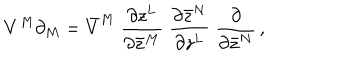
V ^ { M } \partial _ { M } = \bar { V } ^ { M } \; \frac { \partial z ^ { L } } { \partial \bar { z } ^ { M } } \; \frac { \partial \bar { z } ^ { N } } { \partial z ^ { L } } \; \frac { \partial } { \partial \bar { z } ^ { N } } \, ,